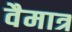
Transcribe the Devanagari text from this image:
वैमात्र